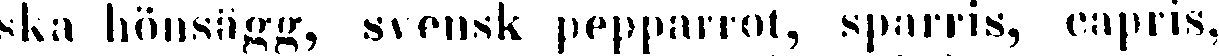
ska hönsägg, svensk pepparrot, sparris, capris,